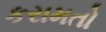
કરામતો